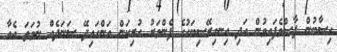
ހިސާބުން ފާސްވެފައިވުން އަދި އިނގިރޭސިބަހުގެ ފެންވަރު ހުރިކަން އަންގައިދޭ ސަނަދެއް ނުވަތަ އެއާ